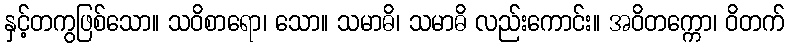
နှင့်တကွဖြစ်သော။ သဝိစာရော၊ သော။ သမာဓိ၊ သမာဓိ လည်းကောင်း။ အဝိတက္ကော၊ ဝိတက်